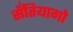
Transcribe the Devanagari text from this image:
सॅंतियागो